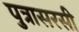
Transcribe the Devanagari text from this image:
पुत्रासरसी